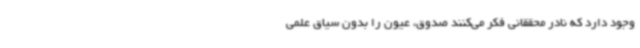
وجود دارد که نادر محققانی فکر می‌کنند صدوق، عیون را بدون سیاق علمی